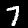
Label: 7